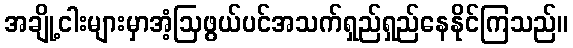
အချို့ငါးများမှာအံ့ဩဖွယ်ပင်အသက်ရှည်ရှည်နေနိုင်ကြသည်။